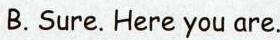
B.Sure. Here you are.